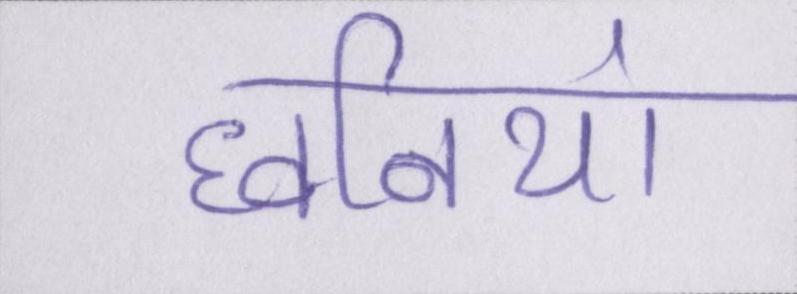
घ्वनियां